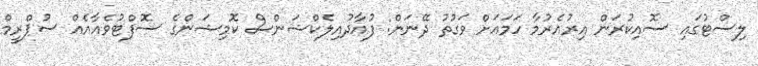
ލިސްޓުގައި ސޮއިކުރަން އިރުއެރުމާ ހަމައަށް ވަގުތު ދޭނަން: ފުއާދުއިލެކްޝަންސް ކޮމިޝަންގެ ސޮފްޓުވެއާއެއް ސުޕްރީމް